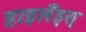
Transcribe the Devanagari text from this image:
हाइलैंड्स्